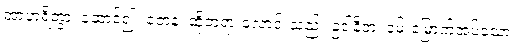
အာဟရိတွာ၊ ဆောင်၍။ တေန၊ ထိုဘုရားလောင်းသည်။ ဥဒါနိတံ၊ ဝမ်းမြောက်အပ်သော။